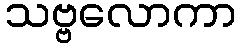
သဗ္ဗလောကာ